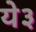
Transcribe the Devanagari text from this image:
ये३